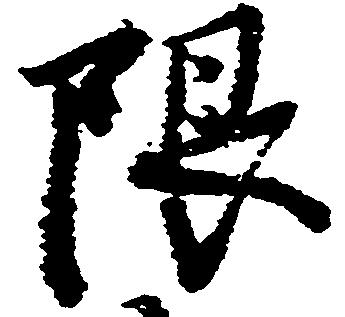
限